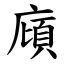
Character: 廎